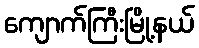
ကျောက်ကြီးမြို့နယ်